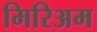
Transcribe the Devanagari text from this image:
मिरिअम